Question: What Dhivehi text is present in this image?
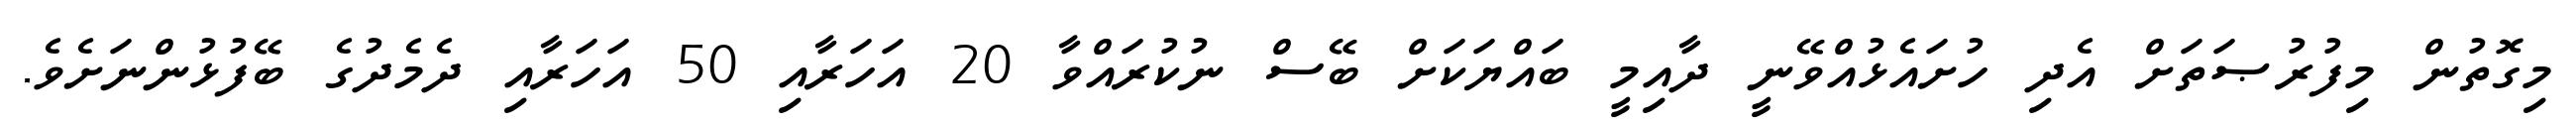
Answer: މިގޮތުން މިފުރުޞަތަށް އެދި ހުށައެޅުއްވޭނީ ދާއިމީ ބައްޔަކަށް ބޭސް ނުކުރައްވާ 20 އަހަރާއި 50 އަހަރާއި ދެމެދުގެ ބޭފުޅުންނަށެވެ.